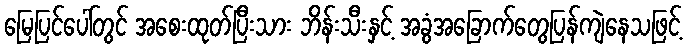
မြေပြင်ပေါ်တွင် အစေးထုတ်ပြီးသား ဘိန်းသီးနှင့် အခွံအခြောက်တွေပြန်ကျဲနေသဖြင့်